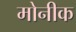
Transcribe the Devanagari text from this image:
मोनीक